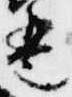
琶